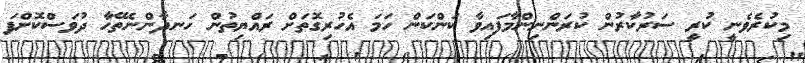
މިކުރެވެނީ ކުރީ ސަރުކާރުން ކުރަންނިންމާފައިވާ ކަންކަން ހަމަ އެހުރިގޮތަށް ރައްޔިތުން ހަނދާންނެތޭހާ ދުވަސްކޮށްފަ